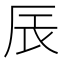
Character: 𮝾